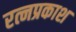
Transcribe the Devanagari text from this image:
रत्नप्रकाश